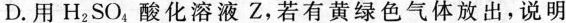
D.用H_{2}SO_{4}酸化溶液Z，若有黄绿色气体放出，说明